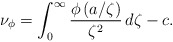
\begin{align*}\nu_{\phi}=\int_0^{\infty}\frac{\phi\left(a/\zeta \right)}{\zeta^2}\, d \zeta-c. \end{align*}